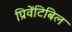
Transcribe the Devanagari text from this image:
प्रिवेंटिबिल